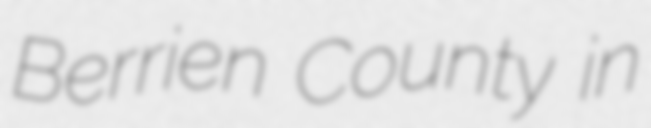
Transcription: Berrien County in